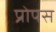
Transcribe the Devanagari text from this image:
प्रोपस